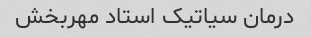
درمان سیاتیک استاد مهربخش